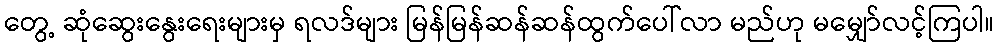
တွေ့ ဆုံဆွေးနွေးရေးများမှ ရလဒ်များ မြန်မြန်ဆန်ဆန်ထွက်ပေါ်လာ မည်ဟု မမျှော်လင့်ကြပါ။